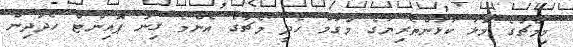
މިމެޗުގެ މޮޅު ކުޅުންތެރިޔާގެ މަގާމް ހޯދީ މެޗުގެ އެންމެ ގިނަ ޕޮއިންޓް ހޯދަދިން